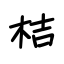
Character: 桔